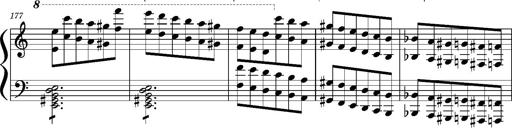
Title: Concerto sans orchestre, S.524a
Composer: Franz Liszt
Key: A major